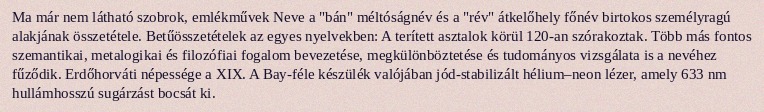
Ma már nem látható szobrok, emlékművek Neve a "bán" méltóságnév és a "rév" átkelőhely főnév birtokos személyragú alakjának összetétele. Betűösszetételek az egyes nyelvekben: A terített asztalok körül 120-an szórakoztak. Több más fontos szemantikai, metalogikai és filozófiai fogalom bevezetése, megkülönböztetése és tudományos vizsgálata is a nevéhez fűződik. Erdőhorváti népessége a XIX. A Bay-féle készülék valójában jód-stabilizált hélium–neon lézer, amely 633 nm hullámhosszú sugárzást bocsát ki.